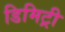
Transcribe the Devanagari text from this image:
डिमिट्री